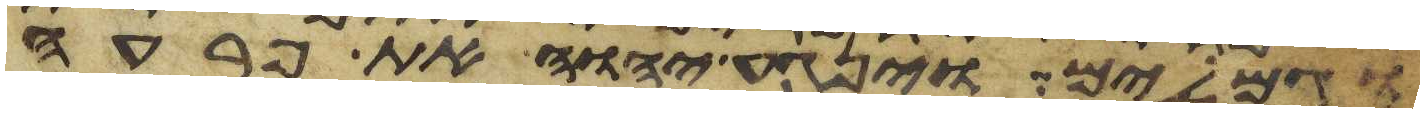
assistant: וגמלים וינגע יהוה את פרעה